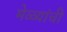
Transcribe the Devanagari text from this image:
मेळ्यांची